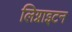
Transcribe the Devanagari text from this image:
लिग्नाइटन